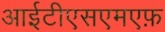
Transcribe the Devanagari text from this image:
आईटीएसएमएफ़